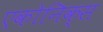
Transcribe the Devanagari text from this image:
एकोनिक्स